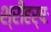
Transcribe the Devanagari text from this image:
श्रीहर्षः